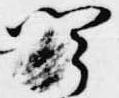
聞